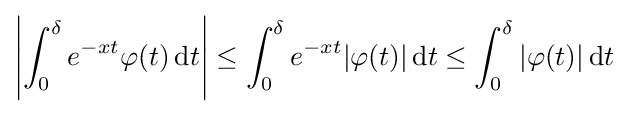
\left|\int _{0}^{\delta }e^{-xt}\varphi (t)\,\mathrm {d} t\right|\leq \int _{0}^{\delta }e^{-xt}|\varphi (t)|\,\mathrm {d} t\leq \int _{0}^{\delta }|\varphi (t)|\,\mathrm {d} t